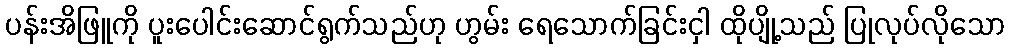
ပန်းအိဖြူကို ပူးပေါင်းဆောင်ရွက်သည်ဟု ဟွမ်း ရေသောက်ခြင်းငှါ ထိုပျို့သည် ပြုလုပ်လိုသော